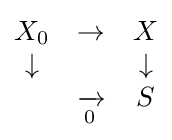
{\begin{matrix}X_{0}&\to &X\\\downarrow &&\downarrow \\*&{\xrightarrow[{0}]{}}&S\end{matrix}}